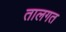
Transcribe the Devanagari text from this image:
तालगत